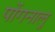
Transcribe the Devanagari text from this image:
पोंगनालु